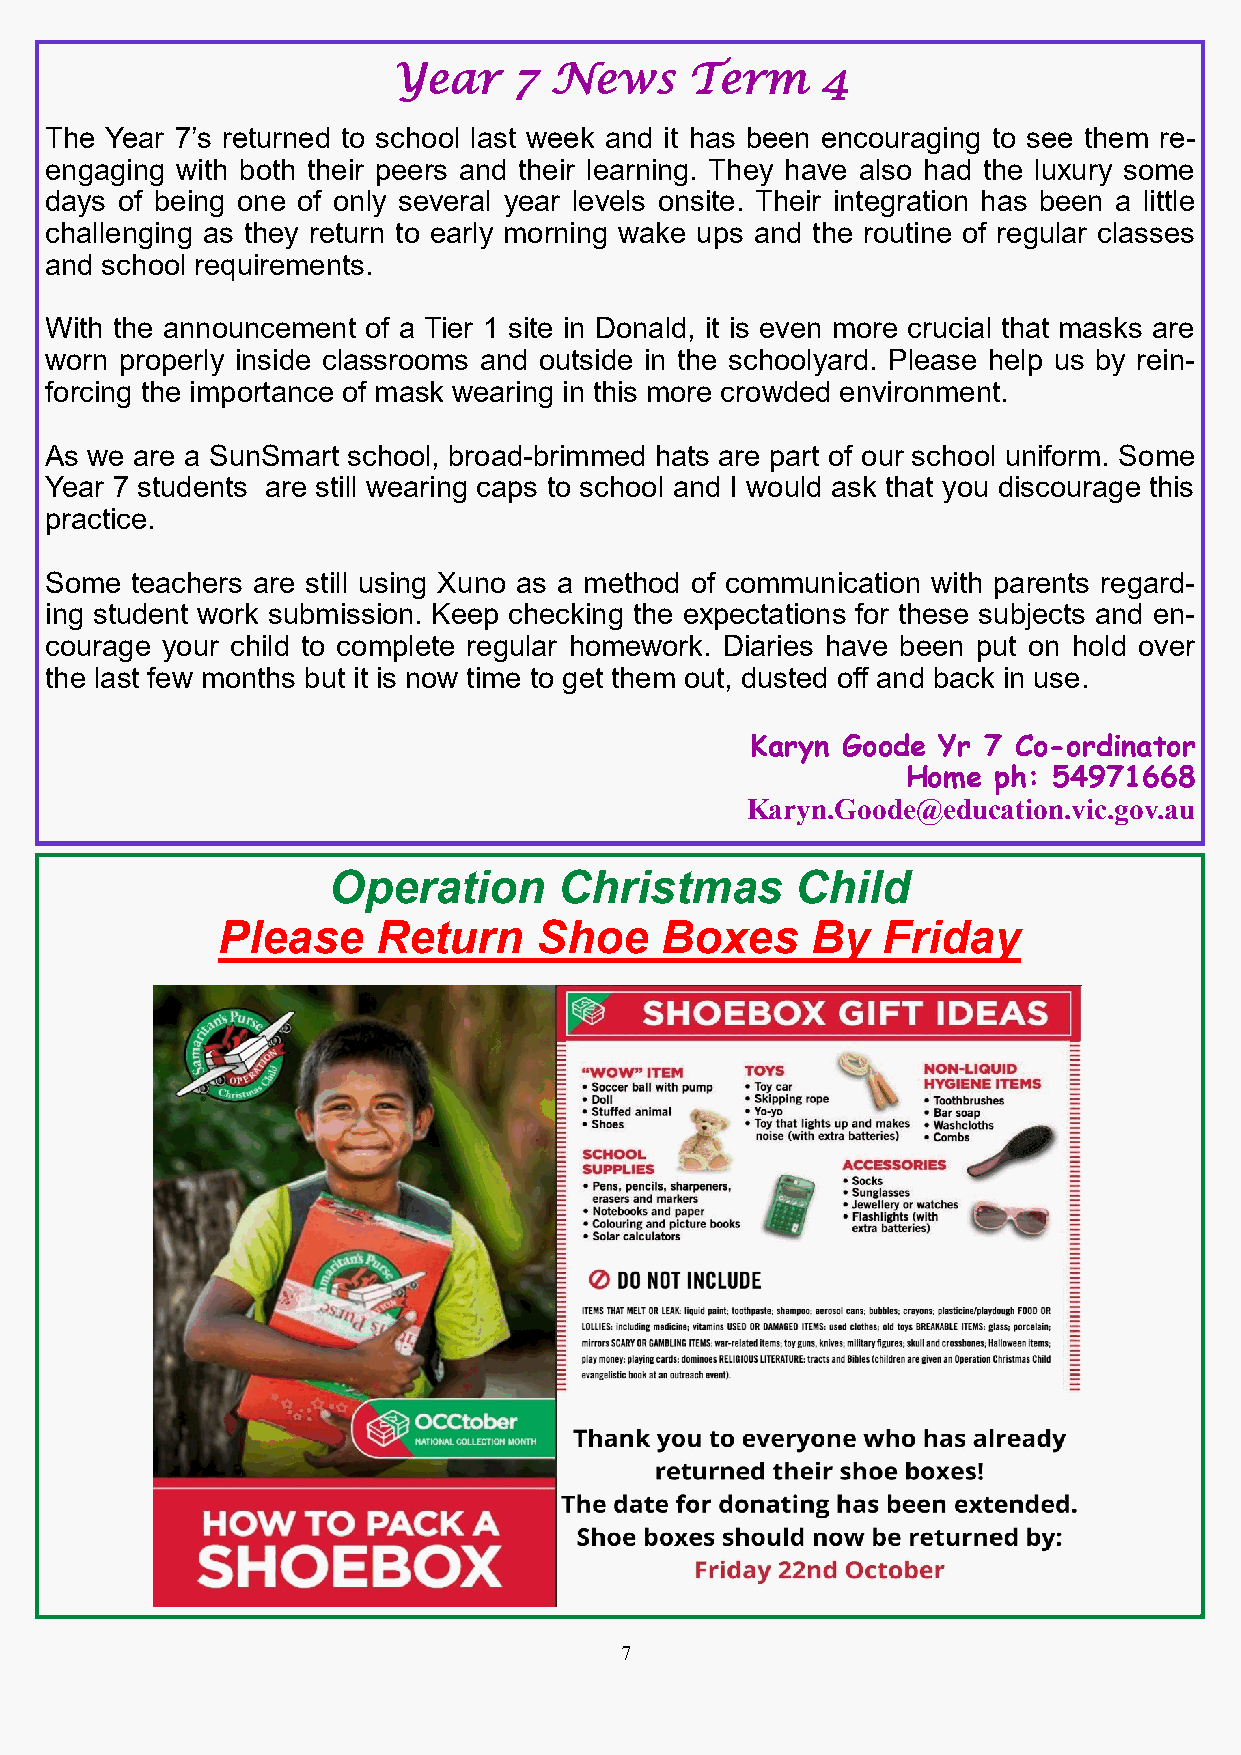
Year    7 News      Term    4
 The Year 7’s returned to school last week and it has been encouraging to see them re-
 engaging with both their peers and their learning. They have also had the luxury some
 days of being one of only several year levels onsite. Their integration has been a little
 challenging as they return to early morning wake ups and the routine of regular classes
 and school requirements.
 With the announcement of a Tier 1 site in Donald, it is even more crucial that masks are
 worn properly inside classrooms and outside in the schoolyard. Please help us by rein-
 forcing the importance of mask wearing in this more crowded environment.
 As we are a SunSmart school, broad-brimmed hats are part of our school uniform. Some
 Year 7 students are still wearing caps to school and I would ask that you discourage this
 practice.
 Some  teachers are still using Xuno as a method of communication with parents regard-
 ing student work submission. Keep checking the expectations for these subjects and en-
 courage your child to complete regular homework. Diaries have been put on hold over
 the last few months but it is now time to get them out, dusted off and back in use.
 Karyn Goode Yr 7 Co-ordinator
 Home  ph: 54971668
 Karyn.Goode@education.vic.gov.au
 Operation      Christmas       Child
 Please     Return     Shoe    Boxes     By  Friday
 7